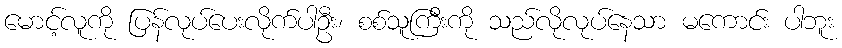
မောင့်လူကို ပြန်လုပ်ပေးလိုက်ပါဦး၊ စစ်သူကြီးကို သည်လိုလုပ်နေသာ မကောင်း ပါဘူး